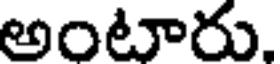
అంటారు,